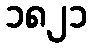
၁၈၂၁